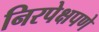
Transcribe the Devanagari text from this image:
निरपेक्षपणे